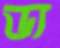
ড্য